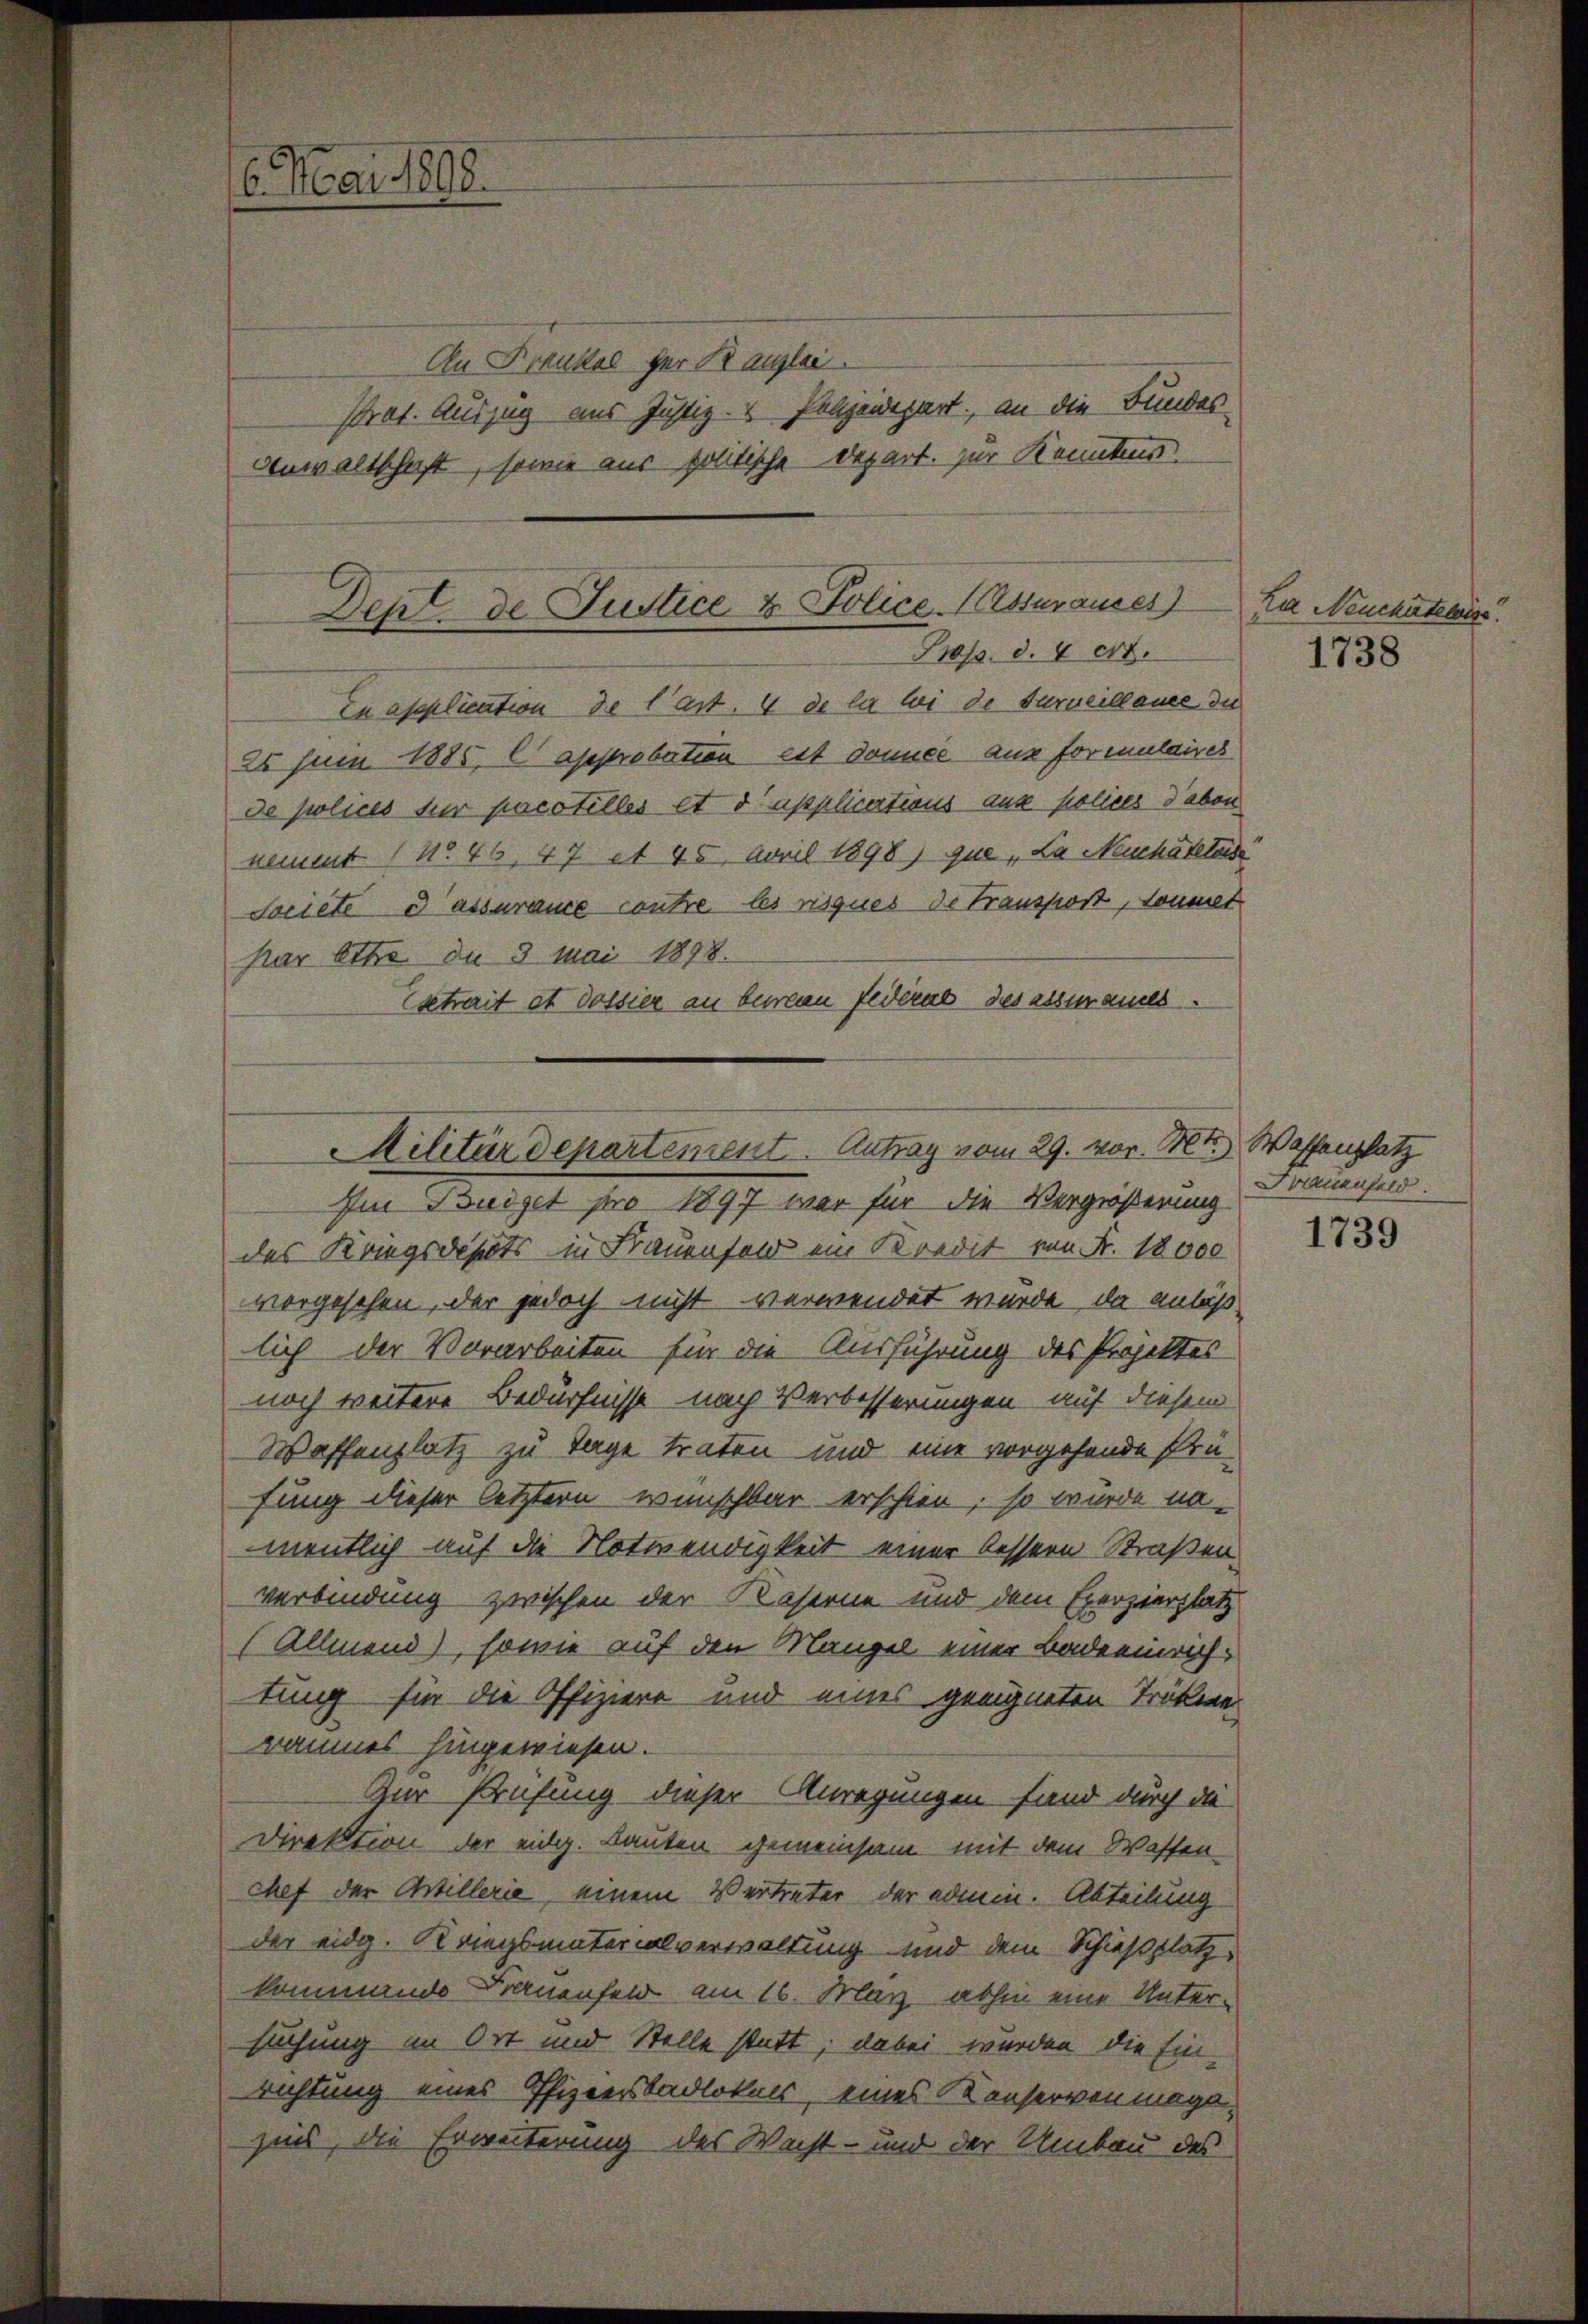
6. Mai 1898.

Dept. de Justice & Police. (Assurauses
Prop. d. 4 crt.
En application de l’art. 4 de la bei de Sarneillance die

Prat. Auszug aus Justiz- & Polizeidepart, an die Bundes¬
Anwaltschaft, sowie aus politische Depart. zur Kenntnis

25 Juin 1885 C approbation est donnée aus formulaires
de polices für pacotilles et d’applications aus polices davon
nement ( No. 46, 47 et 45 April 1898) que „La Meuchâtelois
Societe e assurance contre les risques de Transport, sommet
par Otto de 3 Mai 1898.
setrait et Dossier an burgen Federat des assurancs.

An Frankel der Kanzlei.

Militärdepartement. Antrag vom 29. vor. Mts. Waffenplatz

Im Budget pro 1897 war für die Vergrößerung
des Kriegsdists in Frauenfeld ein Kredit von Fr. 18000
vorgesehen, der jedoch nicht verwendet wurde, da anläß
lich der Vorarbeiten für die Ausführung des Projektes
noch weitere Bedürfnisse nach Verbesserungen auf diesem
Waffenplatz zu Tage traten und eine vorgehende Prüfung dieser letztern wünschbar erschien, so wurde na-
mentlich auf die Notwendigkeit einer bessern Straßen
verbindung zwischen der Kaserne und dem Exerzierplatz
(Allmend), sowie auf den Mangel einer Badeeinrichtung für die Offiziere und eines geeigneten Tröckene
raumes hingewiesen.
Zur Prüfung dieser Anregungen fand durch die
Direktion der eidg. Lauten gemeinsam mit dem Wassen-
chef der Artillerie, einem Vertreter der admin. Abteilung
der eidg. Kriegsmaterialverwaltung und dem Schießplatz,
kommende Frauenfeld am 16. März abhin eine Untersuchung im Ort und Stelle statt; dabei wurden die Einrichtung eines Pfizeerbadlokals, eines Konserven möge,
zins, die Erweiterung des Wacht- und der Umbau des

Ka Neuchatelis.

1738

Frauenfeld.

1739